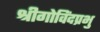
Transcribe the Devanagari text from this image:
श्रीगोविंदप्रभु